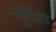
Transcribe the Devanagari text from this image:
मुद्रित